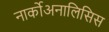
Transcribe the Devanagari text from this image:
नार्कोअनालिसिस